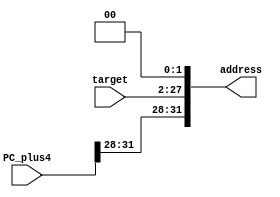
module direct_addressing(PC_plus4,target,address);
input [31:0] PC_plus4; // Input: PC+4
input [25:0] target;   // Input: 26-bit target address
output [31:0] address; // Output: 32-bit address

wire [27:0] shifted_target;
wire [31:0] concatenated_address;

// shift the target address left by 2 bits
assign shifted_target = {target, 2'b00};

// concatenate the upper 4 bits of PC+4 with the shifted target address
assign concatenated_address = {PC_plus4[31:28], shifted_target};
assign address = concatenated_address;

endmodule